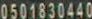
0501830440